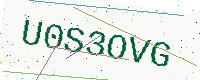
Text: U0S3OVG